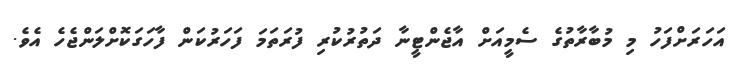
އަހަރަށްފަހު މި މުބާރާތުގެ ސެމީއަށް އާޖެންޓީނާ ދަތުރުކުރި ފުރަތަމަ ފަހަރުކަން ފާހަގަކޮށްލަންޖެހެ އެވެ.